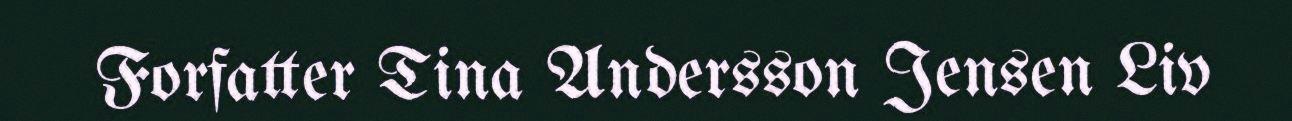
Forfatter Tina Andersson Jensen Liv